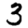
Digit: 3